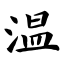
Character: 温